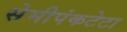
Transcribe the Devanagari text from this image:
सेमीपंकटेटा